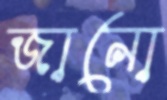
জানো